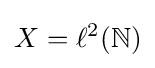
X=\ell ^{2}(\mathbb {N} )